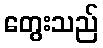
တွေးသည်